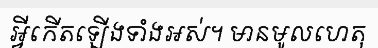
អ្វីកើតឡើងទាំងអស់។ មានមូលហេតុ